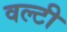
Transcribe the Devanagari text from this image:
वल्टी